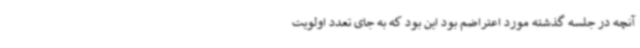
آنچه در جلسه گذشته مورد اعتراضم بود این بود که به جای تعدد اولویت